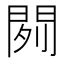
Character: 𰿞